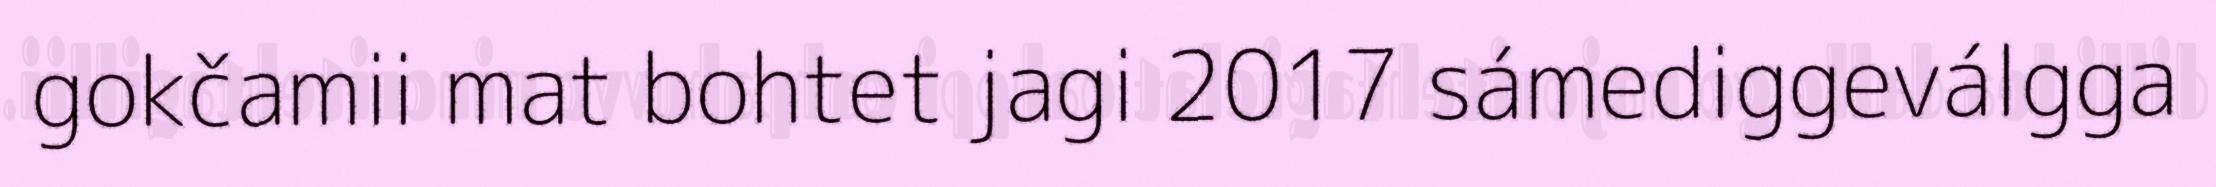
gokčamii mat bohtet jagi 2017 sámediggeválgga